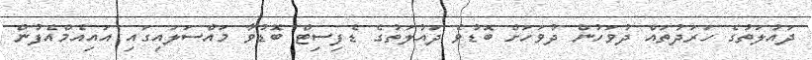
ދައުލަތުގެ ހަރަދުތައް ދުވަހުން ދުވަހަށް ބޮޑުވެ ދައުލަތުގެ ޑެފިސިޓް ބޮޑުވާ މައްސަލައިގައި އައިއެމްއެފުން